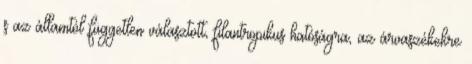
s az államtól független választott, filantropikus hatóságra, az árvaszékekre